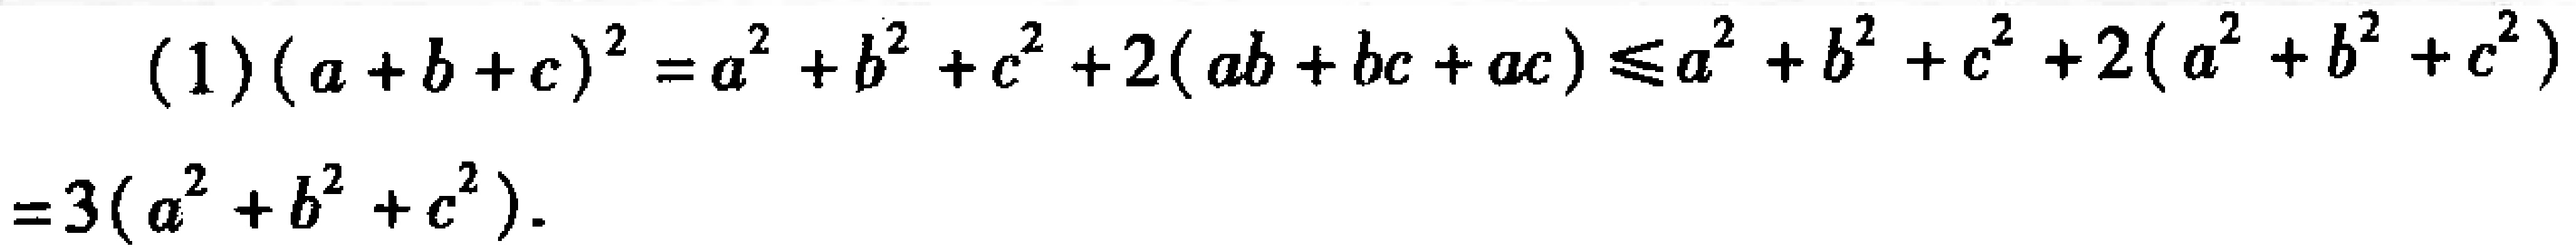
(1)\((a + b + c)^2=a^{2}+b^{2}+c^{2}+2(ab + bc + ac)\leq a^{2}+b^{2}+c^{2}+2(a^{2}+b^{2}+c^{2})=3(a^{2}+b^{2}+c^{2})\)